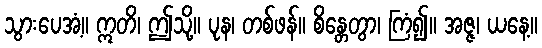
သွားပေအံ့။ ဣတိ၊ ဤသို့။ ပုန၊ တစ်ဖန်။ စိန္တေတွာ၊ ကြံ၍။ အဇ္ဇ၊ ယနေ့။